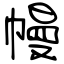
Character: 幔